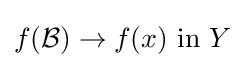
f({\mathcal {B}})\to f(x){\text{ in }}Y